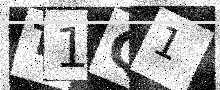
Text: T1Q1